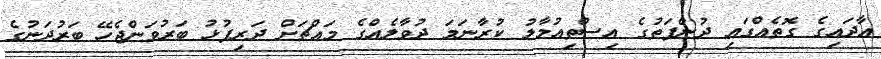
އާދައިގެ ގޮތެއްގައި ދުންފަތުގެ އިސްތިއުމާލު ކުރާނަމަ ދުވާލެއްގެ މައްޗަށް ދަރިފުޅު ބަރުވަންޖެހޭ ބަރުދަނުގެ